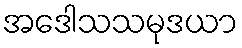
အဒေါသသမုဒယာ